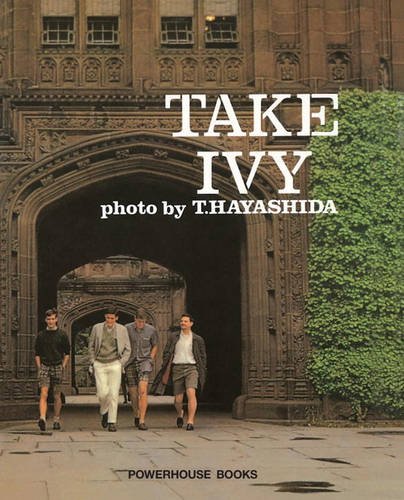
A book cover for Take Ivy; Shosuke Ishizu; Humor & Entertainment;